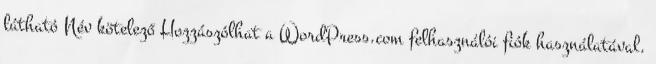
látható Név kötelező Hozzászólhat a WordPress.com felhasználói fiók használatával.